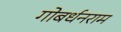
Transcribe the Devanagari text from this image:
गोबर्धनराम